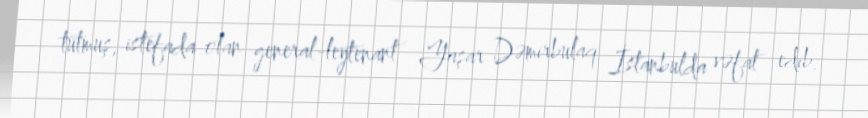
tutmuş, istefada olan general-leytenant Yaşar Dəmirbulaq İstanbulda vəfat edib.